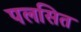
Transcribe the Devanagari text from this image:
पलसित